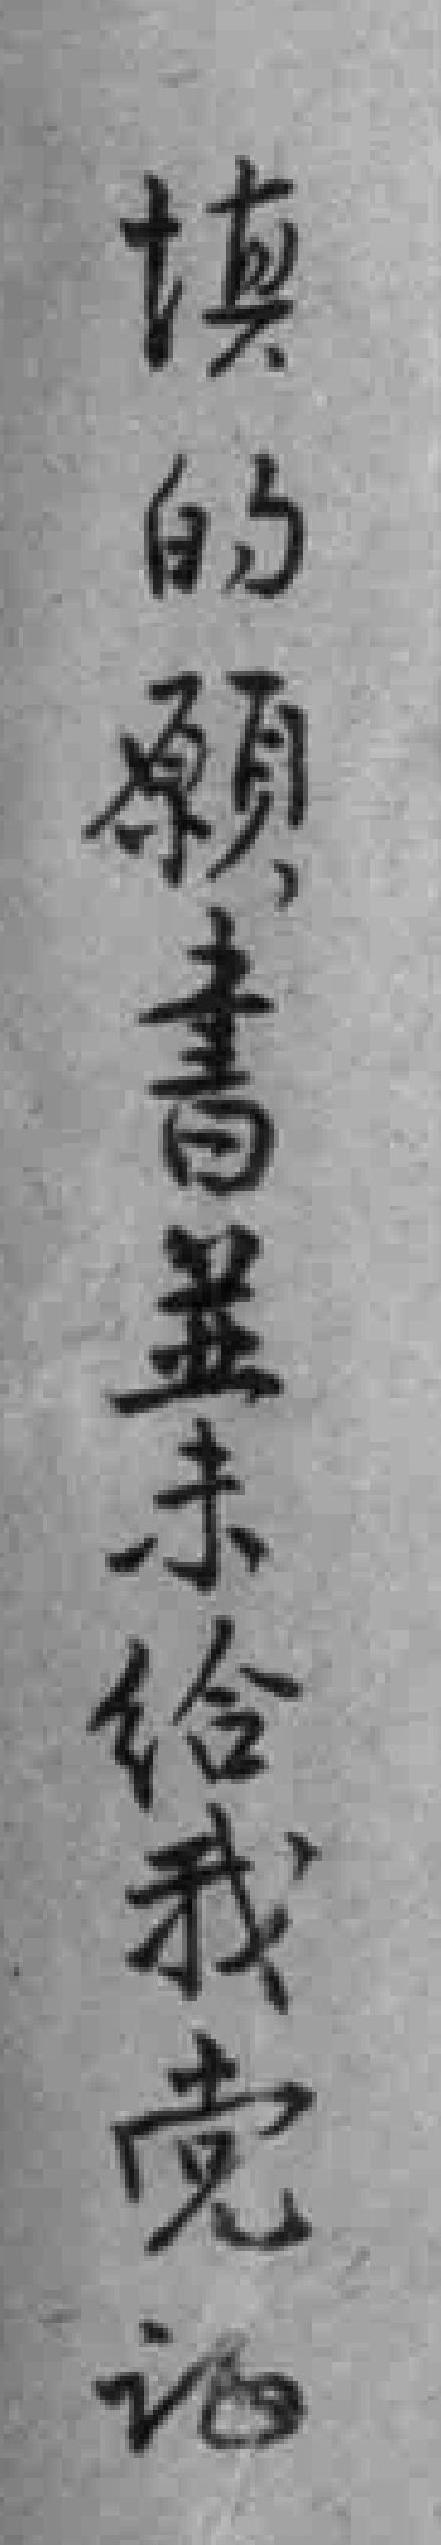
填的願書並未给我党证